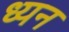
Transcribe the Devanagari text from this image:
ध्यन